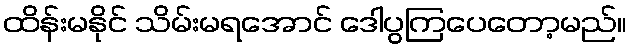
ထိန်းမနိုင် သိမ်းမရအောင် ဒေါပွကြပေတော့မည်။